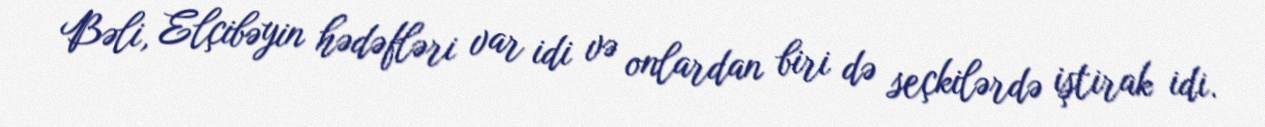
Bəli, Elçibəyin hədəfləri var idi və onlardan biri də seçkilərdə iştirak idi.